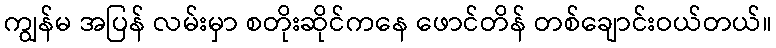
ကျွန်မ အပြန် လမ်းမှာ စတိုးဆိုင်ကနေ ဖောင်တိန် တစ်ချောင်းဝယ်တယ်။